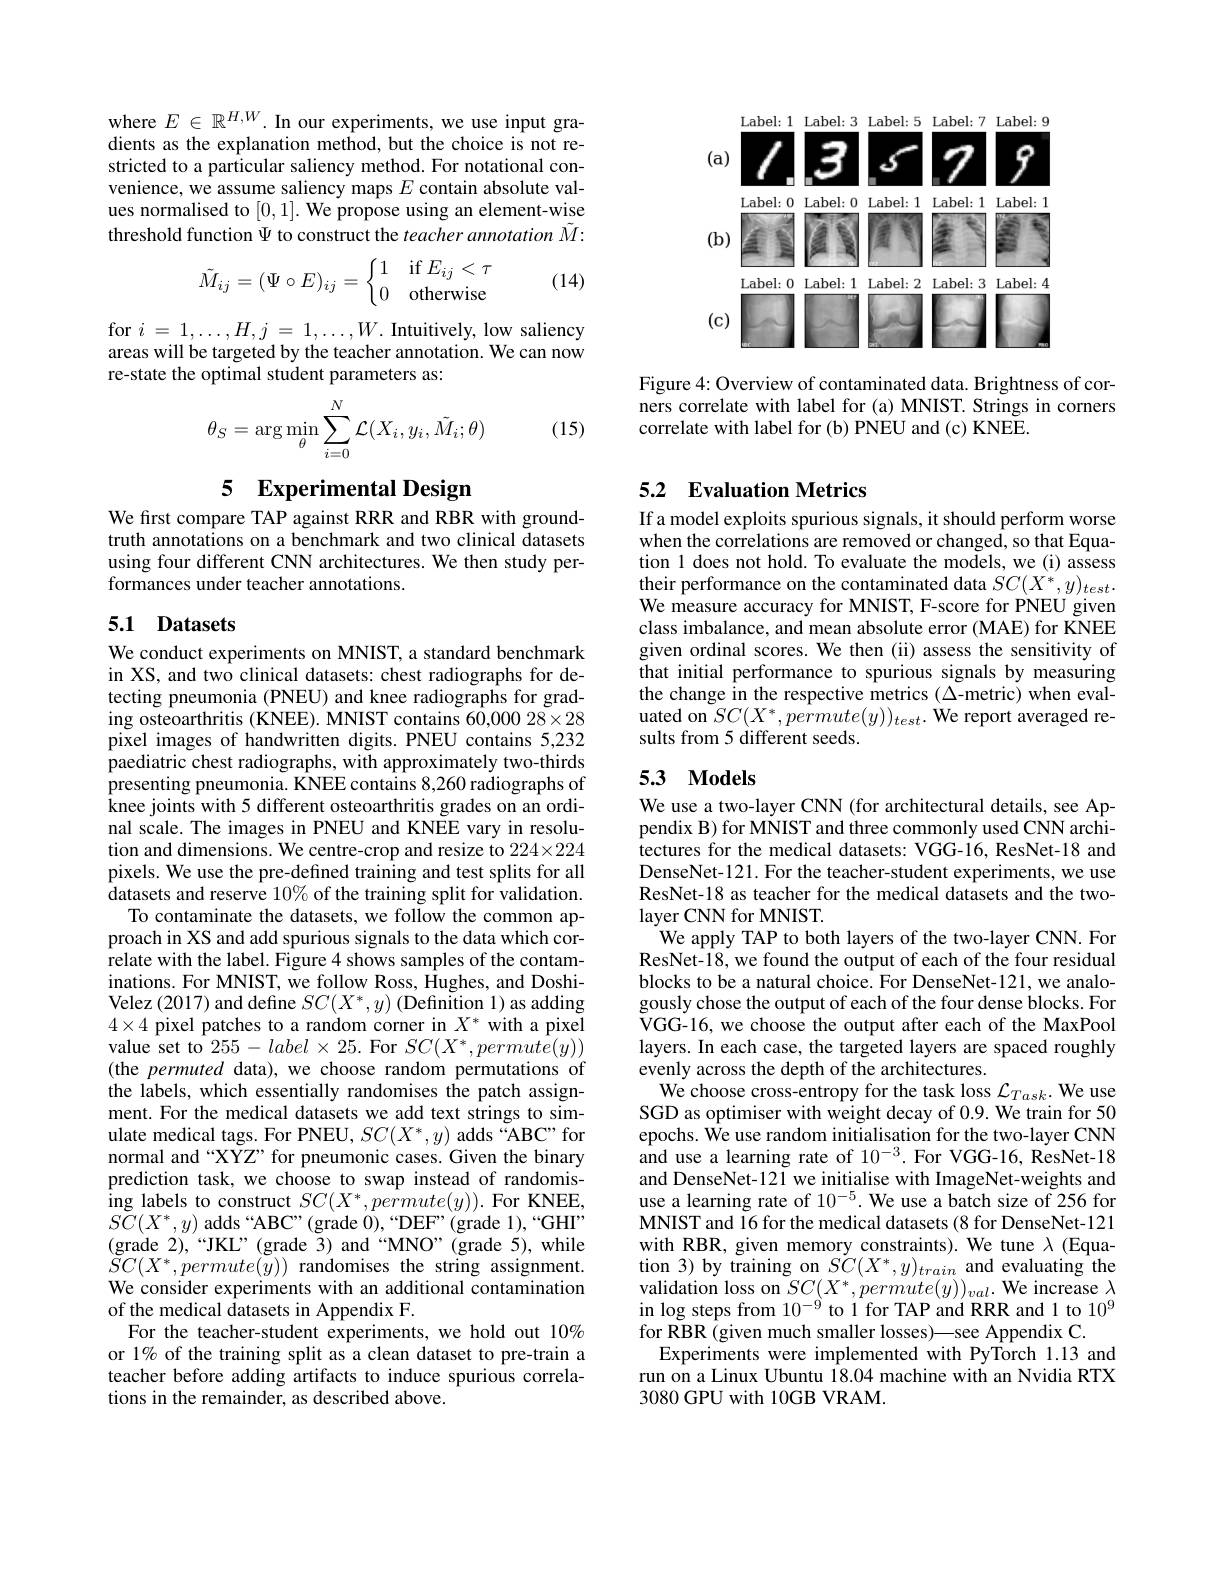
where $E\in\mathbb{R}^{H,W}.$ In our experiments, we use input gradients as the explanation method, but the choice is not restricted to a particular saliency method. For notational convenience, we assume saliency maps $E$ contain absolute values normalised to [0,1]. We propose using an element-wise threshold function $\Psi$ to construct the teacher annotation $\tilde{M}:$

(14)
$$\tilde{M}_{ij}=(\Psi\circ E)_{ij}=\left\{\begin{matrix}1&\text{if}E_{ij}<\tau\\0&\text{otherwise}\end{matrix}\right.$$
for $i=1,\ldots,H,j=1,\ldots,W.$ Intuitively, low saliency areas will be targeted by the teacher annotation. We can now re-state the optimal student parameters as:
$$\theta_S=\arg\min_\theta\sum_{i=0}^N\mathcal{L}(X_i,y_i,\tilde{M}_i;\theta)$$
(15)

# 5 Experimental Design

We first compare TAP against RRR and RBR with groundtruth annotations on a benchmark and two clinical datasets using four different CNN architectures. We then study performances under teacher annotations.

## 5.1 Datasets

We conduct experiments on MNIST, a standard benchmark in XS, and two clinical datasets: chest radiographs for detecting pneumonia (PNEU) and knee radiographs for grading osteoarthritis (KNEE). MNIST contains 60,000 28×28 pixel images of handwritten digits. PNEU contains 5,232 paediatric chest radiographs, with approximately two-thirds presenting pneumonia. KNEE contains 8,260 radiographs of knee joints with 5 different osteoarthritis grades on an ordinal scale. The images in PNEU and KNEE vary in resolution and dimensions. We centre-crop and resize to 224×224 pixels. We use the pre-defined training and test splits for all datasets and reserve $10\%$ of the training split for validation. To contaminate the datasets, we follow the common approach in XS and add spurious signals to the data which correlate with the label. Figure 4 shows samples of the contaminations. For MNIST, we follow Ross, Hughes, and DoshiVelez (2017) and define $SC(X^*,y)$ (Definition 1) as adding $4\times4$ pixel patches to a random corner in $X^*$ with a pixel value set to $255-label\times25.$ For $SC(X^*,permute(y))$ (the permuted data), we choose random permutations of the labels, which essentially randomises the patch assignment. For the medical datasets we add text strings to simulate medical tags. For PNEU, $SC(X^*,y)$ adds “ABC”for normal and “XYZ” for pneumonic cases. Given the binary prediction task, we choose to swap instead of randomis- $\operatorname*{ing}$labels to construct $SC(X^*,permute(y)).$ For KNEE, $S\tilde{C}(X^{*},y)$ adds “ABC”(grade $0),“$DEF”(grade 1),“GHI” (grade 2),“JKL”(grade 3)and“MNO”(grade 5),while $\tilde{S}C(X^*,permute(y))$ randomises the string assignment. We consider experiments with an additional contamination of the medical datasets in Appendix F.
For the teacher-student experiments, we hold out 10% or 1% of the training split as a clean dataset to pre-train a teacher before adding artifacts to induce spurious correlations in the remainder, as described above.

<FigureHere>

Figure 4: Overview of contaminated data. Brightness of corners correlate with label for (a) MNIST. Strings in corners correlate with label for (b) PNEU and (c) KNEE.

# 5.2 Evaluation Metrics

If a model exploits spurious signals, it should perform worse when the correlations are removed or changed, so that Equation 1 does not hold. To evaluate the models, we (i) assess their performance on the contaminated data $SC(X^*,y)_{test}.$ We measure accuracy for MNIST, F-score for PNEU given class imbalance, and mean absolute error (MAE) for KNEE given ordinal scores. We then (ii) assess the sensitivity of that initial performance to spurious signals by measuring the change in the respective metrics (Δ-metric) when evaluated on $SC(X^*,permute(y))_{test}.$ We report averaged results from 5 different seeds

## 5.3 Models

We use a two-layer CNN (for architectural details, see Appendix B) for MNIST and three commonly used CNN architectures for the medical datasets: VGG-16, ResNet-18 and DenseNet-121. For the teacher-student experiments, we use ResNet-18 as teacher for the medical datasets and the twolayer CNN for MNIST.
We apply TAP to both layers of the two-layer CNN. For ResNet-18, we found the output of each of the four residual blocks to be a natural choice. For DenseNet-121, we analogously chose the output of each of the four dense blocks. For VGG-16, we choose the output after each of the MaxPool layers. In each case, the targeted layers are spaced roughly evenly across the depth of the architectures.
We choose cross-entropy for the task loss $\mathcal{L}_Task.$ We use SGD as optimiser with weight decay of 0.9. We train for 50 epochs. We use random initialisation for the two-layer CNN and use a learning rate of $10^{-3}.$ For VGG-16, ResNet-18 and DenseNet-121 we initialise with ImageNet-weights and use a learning rate of $10^{- 5}.$We use a batch size of 256 for MNIST and 16 for the medical datasets (8 for DenseNet-121 with RBR, given memory constraints). We tune $\lambda$ (Equation 3) by training on $SC(X^*,y)_{train}$ and evaluating the validation loss on $SC(X^*,permute(y))_{val}.$ We increase $\lambda$ in log steps from $10^{-9}$ to 1 for TAP and RRR and 1 to $10^9$ for RBR (given much smaller losses)—see Appendix C.
Experiments were implemented with PyTorch 1.13 and run on a Linux Ubuntu 18.04 machine with an Nvidia RTX 3080 GPU with 10GB VRAM.